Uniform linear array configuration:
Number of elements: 16
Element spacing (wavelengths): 1
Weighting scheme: kaiser
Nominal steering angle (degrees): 45
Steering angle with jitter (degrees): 43.641
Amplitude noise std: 0.05
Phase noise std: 0.05

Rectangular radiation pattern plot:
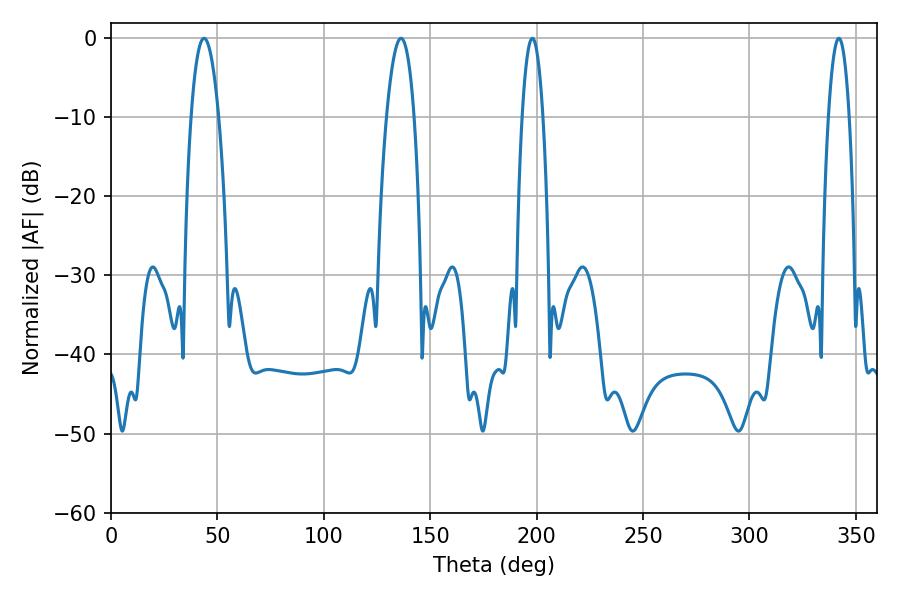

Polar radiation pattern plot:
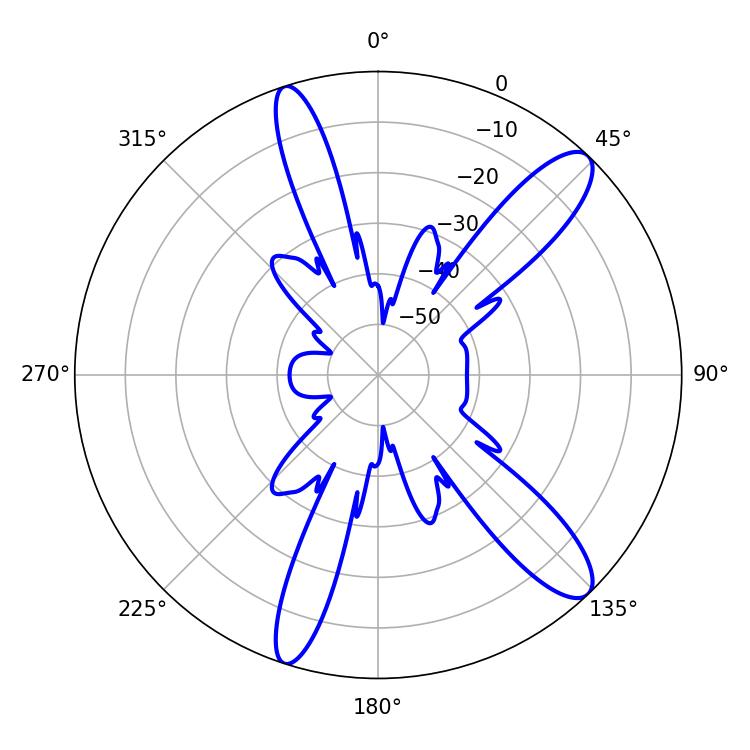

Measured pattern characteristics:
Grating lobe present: TRUE
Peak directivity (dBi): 12.098
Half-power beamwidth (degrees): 5.4
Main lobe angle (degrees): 198